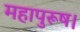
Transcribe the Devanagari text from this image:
महापुरूष।